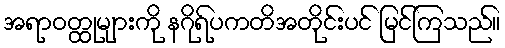
အရာဝတ္ထုများကို နဂိုရ်ပကတိအတိုင်းပင် မြင်ကြသည်။